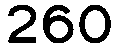
260